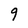
Character: q